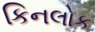
કિનલોક